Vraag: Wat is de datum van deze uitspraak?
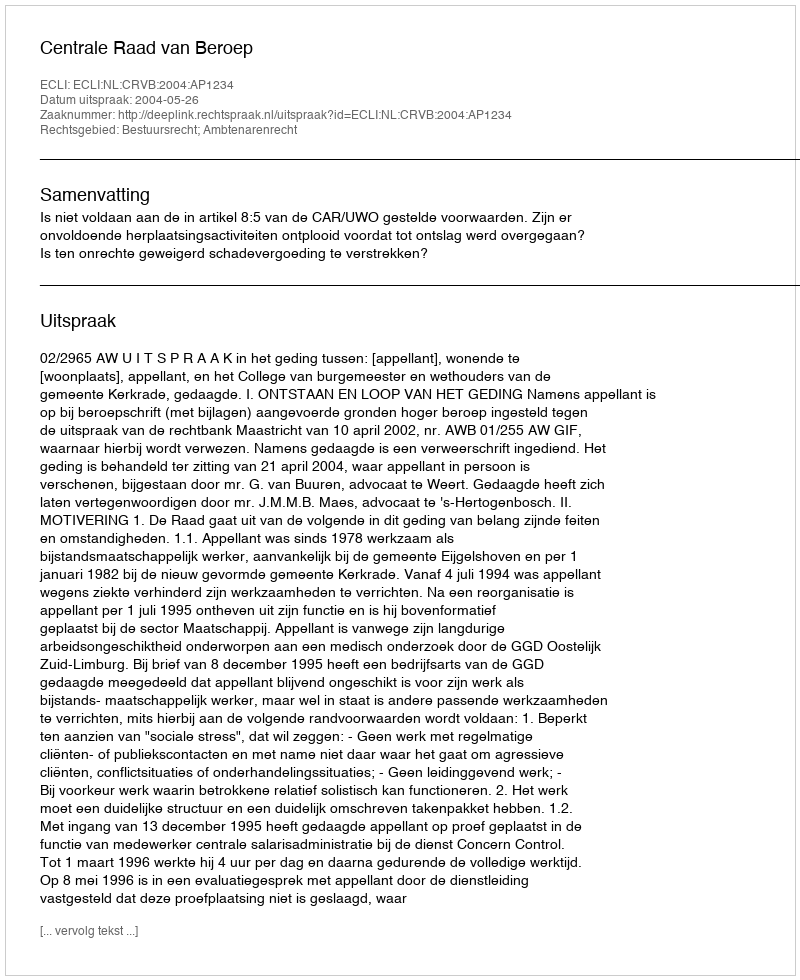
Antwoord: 2004-05-26